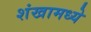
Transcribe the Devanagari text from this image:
शंखामध्ये